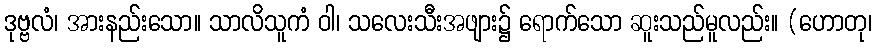
ဒုဗ္ဗလံ၊ အားနည်းသော။ သာလိသူကံ ဝါ၊ သလေးသီးအဖျား၌ ရောက်သော ဆူးသည်မူလည်း။ (ဟောတု၊